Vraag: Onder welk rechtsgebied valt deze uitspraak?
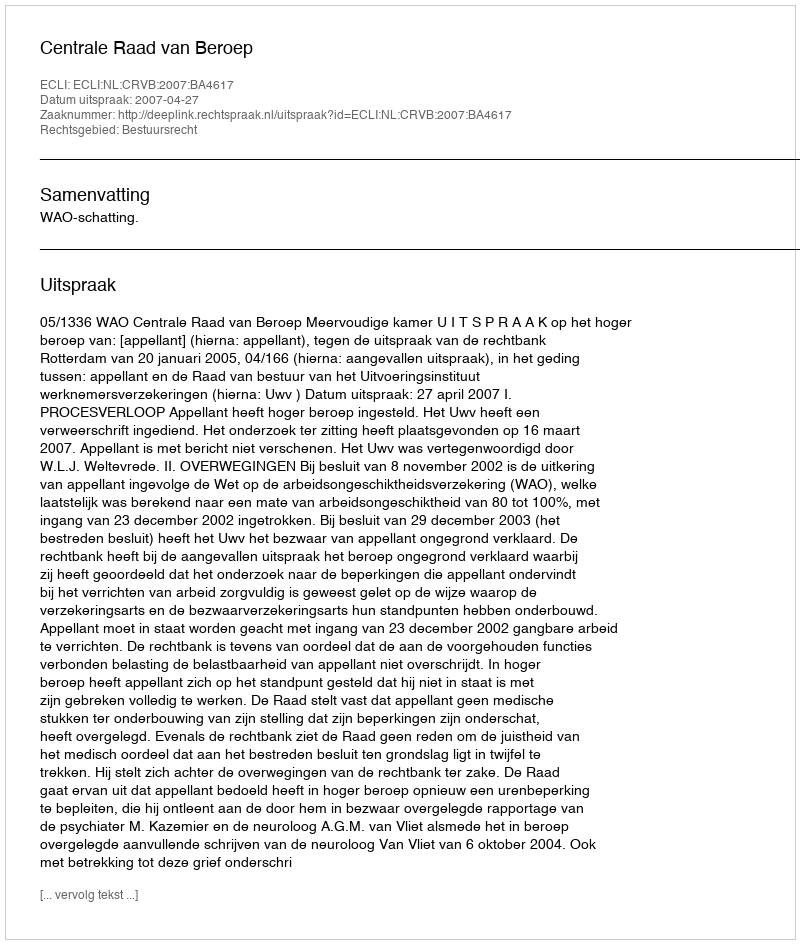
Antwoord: Bestuursrecht